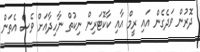
ދޮރުން ވަދެގެން އައި ރީމް އާއި ކާކޮޓަރިން ނިކުތް ނާހިދާއަށް ވެސް އެތަން